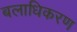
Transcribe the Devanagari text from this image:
बलाधिकरण